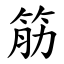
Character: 筋